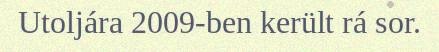
Utoljára 2009-ben került rá sor.